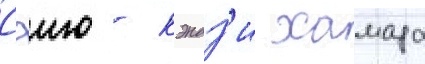
Сэию - кэндз'и хамада